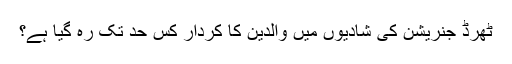
ٹھرڈ جنریشن کی شادیوں میں والدین کا کردار کس حد تک رہ گیا ہے؟